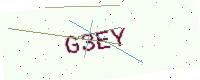
Text: G3EY